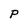
Character: P